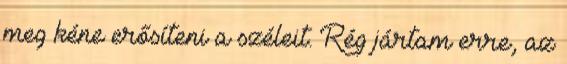
meg kéne erősíteni a széleit. Rég jártam erre, az